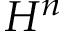
H ^ { n }